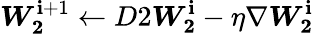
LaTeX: \boldsymbol{W_{2}}^{\mathbf{i}+1}\xleftarrow{}{{D2}}\boldsymbol{W_{2}}^{\mathbf{i}}-\eta\nabla\boldsymbol{W_{2}}^{\mathbf{i}}